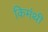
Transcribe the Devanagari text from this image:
किमंथी